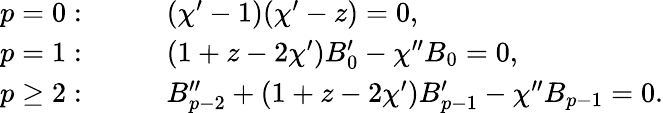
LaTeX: \begin{array}{rl}{p=0:}&{\qquad(\chi^{\prime}-1)(\chi^{\prime}-z)=0,}\\ {p=1:}&{\qquad(1+z-2\chi^{\prime})B_{0}^{\prime}-\chi^{\prime\prime}B_{0}=0,}\\ {p\geq 2:}&{\qquad B_{p-2}^{\prime\prime}+(1+z-2\chi^{\prime})B_{p-1}^{\prime}-\chi^{\prime\prime}B_{p-1}=0.}\end{array}